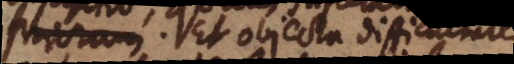
afficiat. Et objecta difficultate